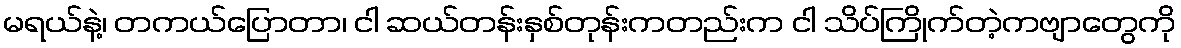
မရယ်နဲ့၊ တကယ်ပြောတာ၊ ငါ ဆယ်တန်းနှစ်တုန်းကတည်းက ငါ သိပ်ကြိုက်တဲ့ကဗျာတွေကို